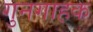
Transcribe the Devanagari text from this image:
गुनगाहक